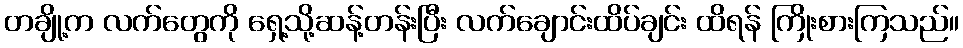
တချို့က လက်တွေကို ရှေ့သို့ဆန့်တန်းပြီး လက်ချောင်းထိပ်ချင်း ထိရန် ကြိုးစားကြသည်။